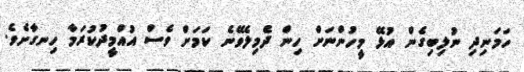
ހަމަނިދި ނުލިބިގެން އުޅޭ މީހުންނަށް ހިން ދެމިލެވޭނެ ކަމަށް ވެސް އުއްމީދުކުރަމާ ހިނގާށެވެ.